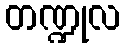
တဏ္ဍုလ